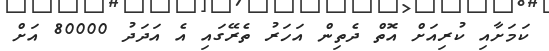
ކަމަށާއި ކުރިއަށް އޮތް ދެތިން އަހަރު ތެރޭގައި އެ އަދަދު 80000 އަށް